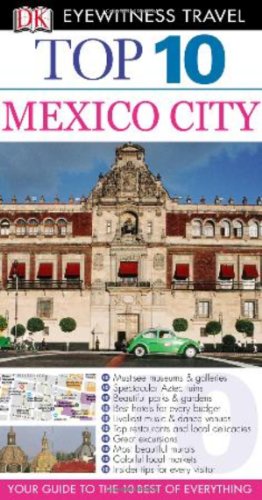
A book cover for Top 10 Mexico City (Eyewitness Top 10 Travel Guide); Nancy Mikula; Travel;